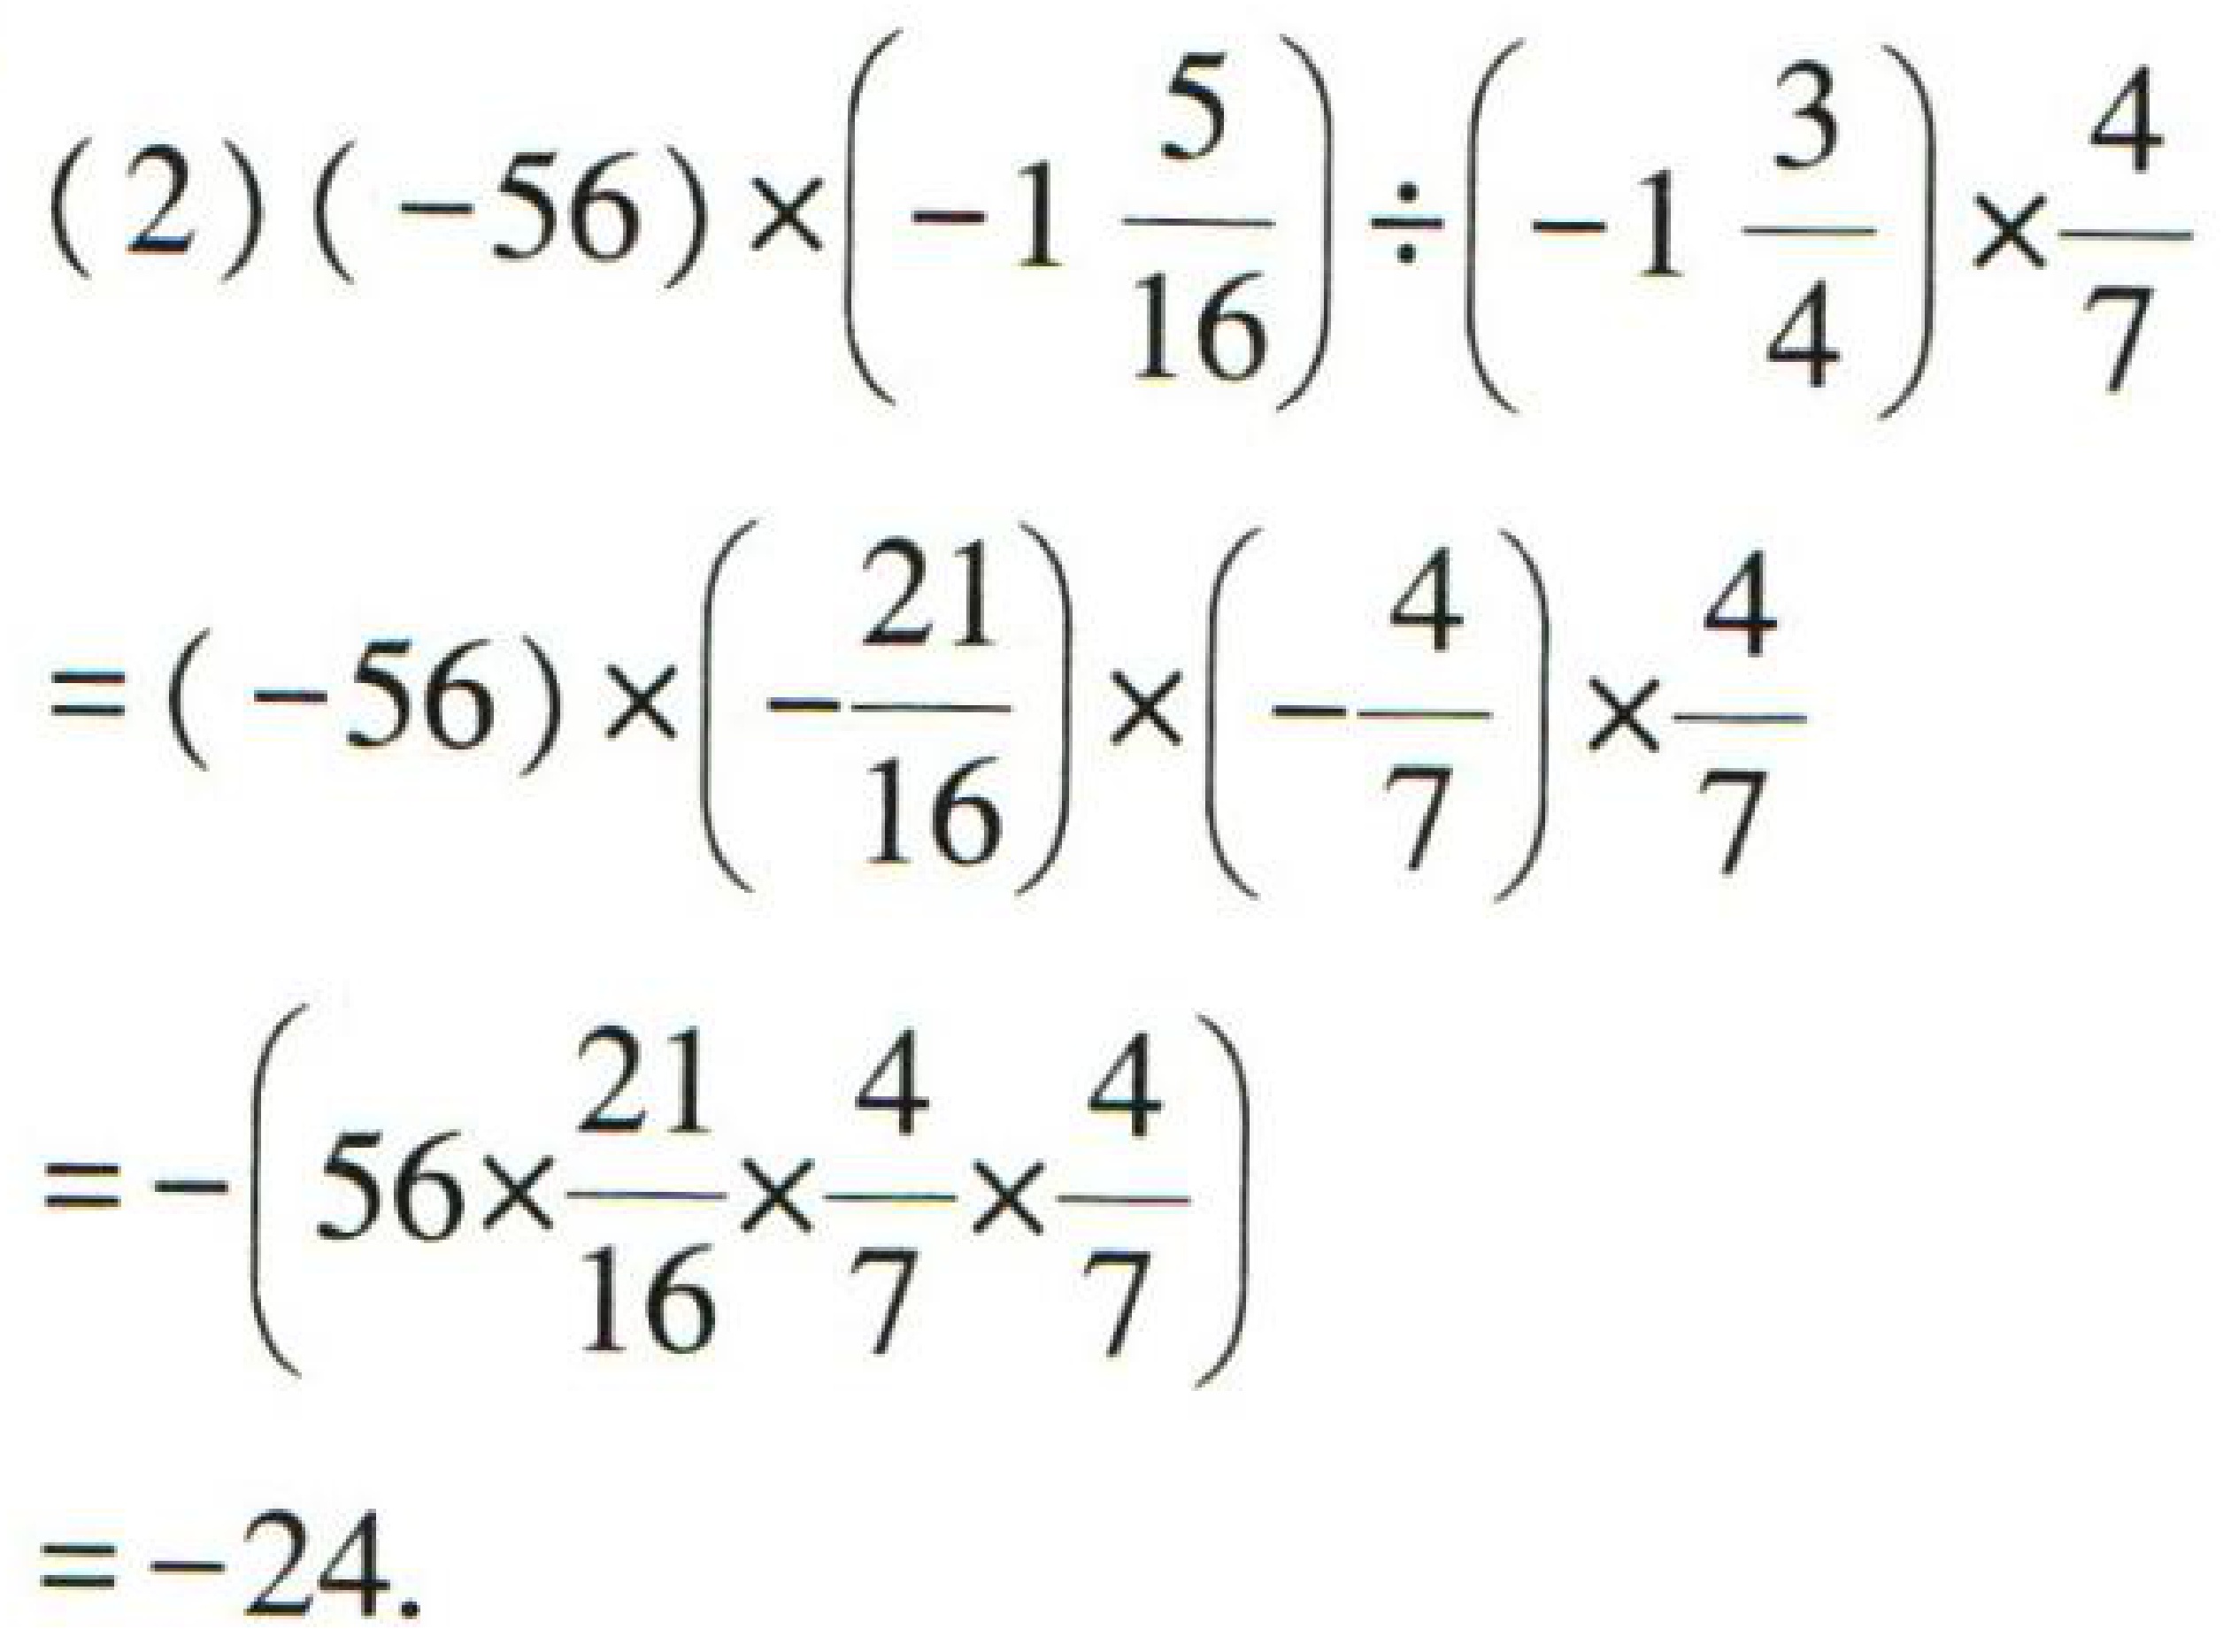
\[
\begin{align*}
&(-56)\times\left(-1\frac{5}{16}\right)\div\left(-1\frac{3}{4}\right)\times\frac{4}{7}\\
=&(-56)\times\left(-\frac{21}{16}\right)\times\left(-\frac{4}{7}\right)\times\frac{4}{7}\\
=&-\left(56\times\frac{21}{16}\times\frac{4}{7}\times\frac{4}{7}\right)\\
=& - 24
\end{align*}
\]